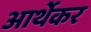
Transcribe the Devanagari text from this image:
आर्थेकर